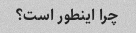
چرا اینطور است؟